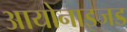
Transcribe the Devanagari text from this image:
आयोनाइजड